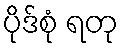
ပိုဒ်စုံ ရတု